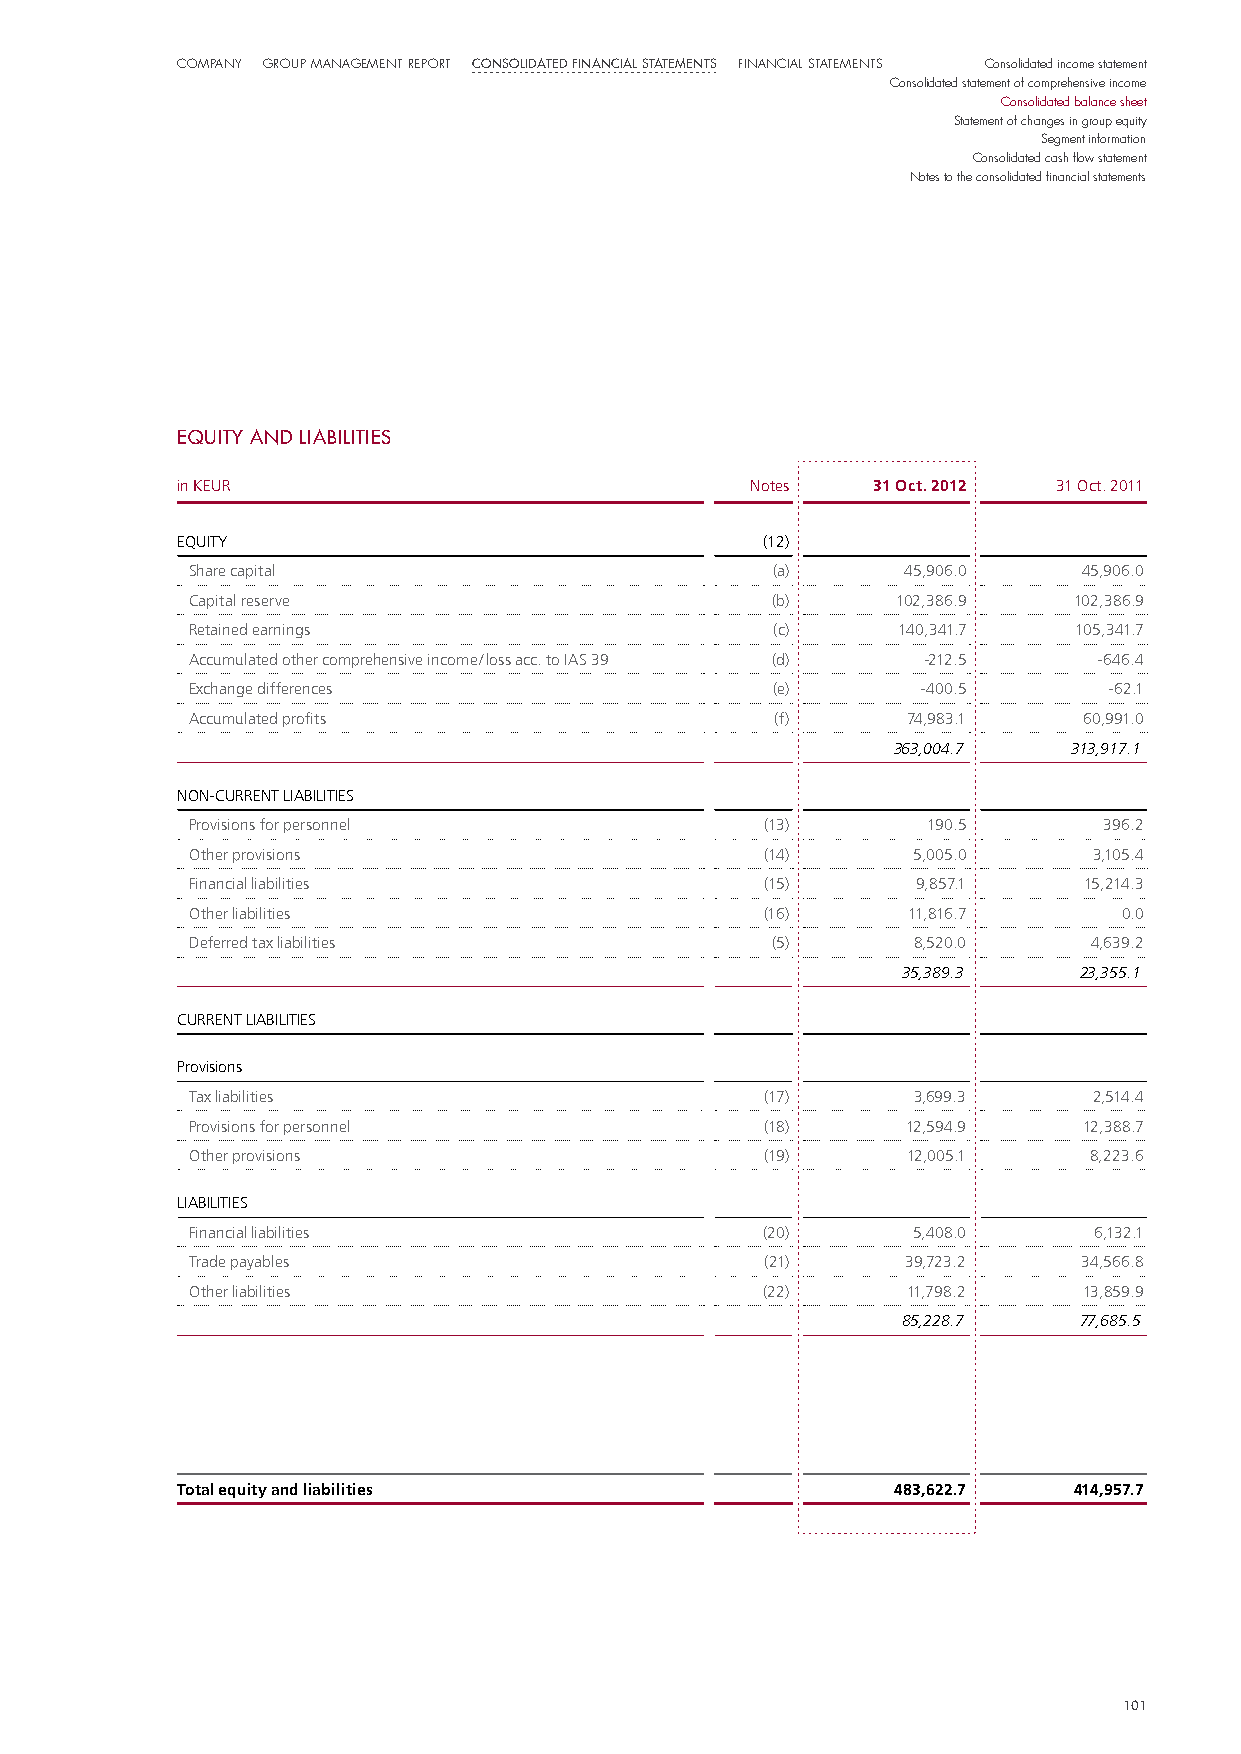
company Group manaGement report Consolidated finanCial statements Financial statements Consolidated income statement
 Consolidated statement of comprehensive income
 Consolidated balance sheet
 Statement of changes in group equity
 Segment information
 Consolidated cash flow statement
 Notes to the consolidated financial statements
 eQUItY AnD LIABILItIeS
 in KEUR                               Notes   31 Oct. 2012 31 Oct. 2011
 EQUITY                                (12)
 Share capital                         (a)      45,906.0    45,906.0
 Capital reserve                       (b)     102,386.9   102,386.9
 Retained earnings                     (c)     140,341.7   105,341.7
 Accumulated other comprehensive income / loss acc. to IAS 39 (d) -212.5 -646.4
 Exchange differences                  (e)       -400.5      -62.1
 Accumulated profits                   (f)      74,983.1    60,991.0
 363,004.7   313,917.1
 NON-CURRENT LIABILITIES
 Provisions for personnel              (13)      190.5       396.2
 Other provisions                      (14)     5,005.0     3,105.4
 Financial liabilities                 (15)      9,857.1    15,214.3
 Other liabilities                     (16)     11,816.7      0.0
 Deferred tax liabilities              (5)      8,520.0     4,639.2
 35,389.3   23,355.1
 CURRENT LIABILITIES
 Provisions
 Tax liabilities                       (17)     3,699.3     2,514.4
 Provisions for personnel              (18)     12,594.9    12,388.7
 Other provisions                      (19)     12,005.1    8,223.6
 LIABILITIES
 Financial liabilities                (20)      5,408.0     6,132.1
 Trade payables                        (21)     39,723.2    34,566.8
 Other liabilities                    (22)      11,798.2    13,859.9
 85,228.7   77,685.5
 Total equity and liabilities                   483,622.7   414,957.7
 101